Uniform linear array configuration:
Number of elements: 64
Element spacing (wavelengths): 1
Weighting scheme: hamming
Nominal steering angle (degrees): -15
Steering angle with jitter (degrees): -15.848
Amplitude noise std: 0.05
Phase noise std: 0.05

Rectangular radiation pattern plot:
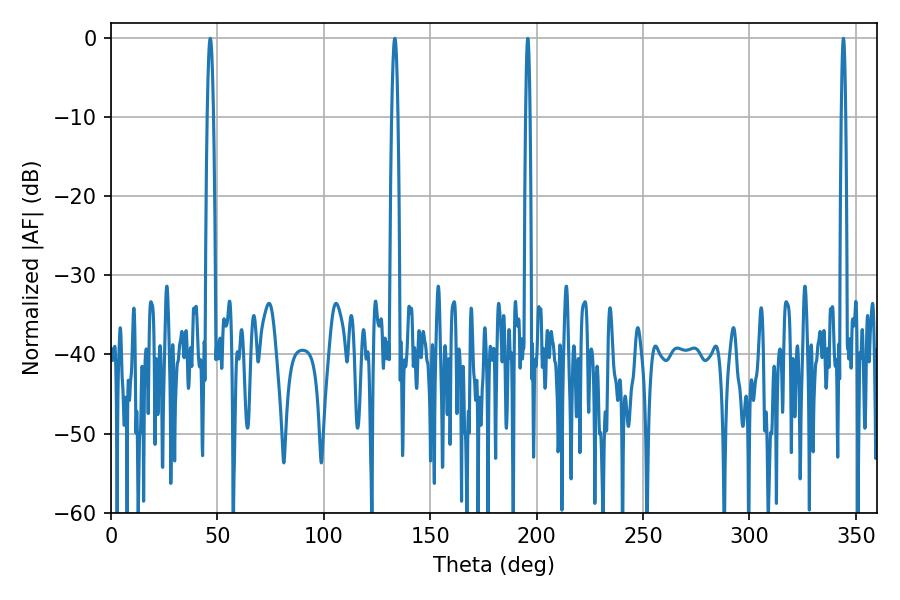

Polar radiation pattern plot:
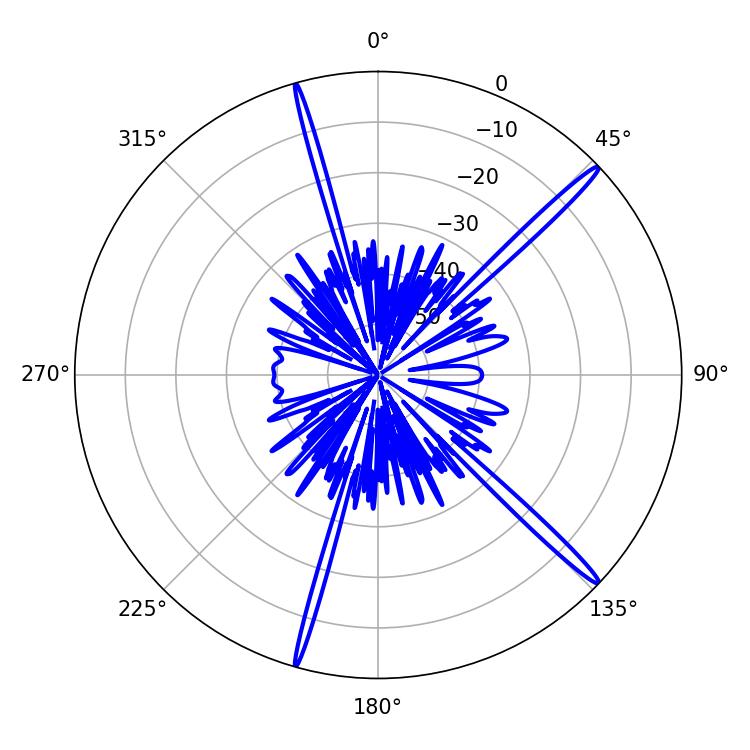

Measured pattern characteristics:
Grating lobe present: TRUE
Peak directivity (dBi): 17.784
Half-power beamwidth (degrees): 1.08
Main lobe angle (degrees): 195.84